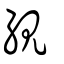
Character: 絸